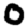
Digit: 0